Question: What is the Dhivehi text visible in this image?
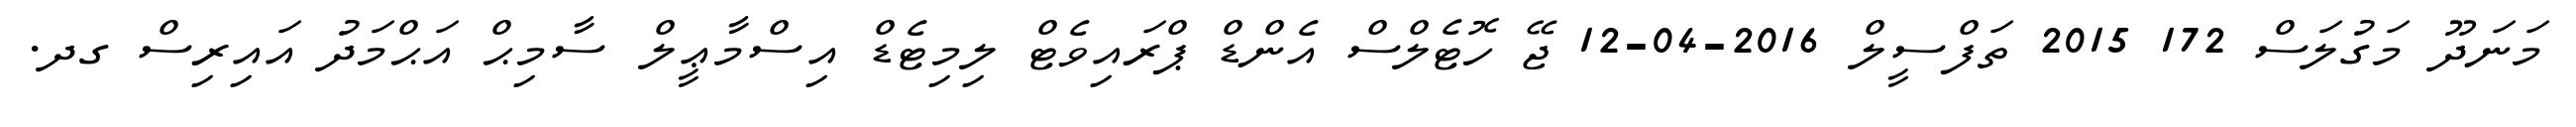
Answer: މަނަދޫ މަގުލަސް 172 2015 ތަފްސީލް 2016-04-12 ޖޭ ހޮޓެލްސް އެންޑް ޕްރައިވެޓް ލިމިޓެޑް އިސްމާޢީލް ސާމިޙް އަޙްމަދު އައިރިސް ގދ.